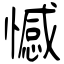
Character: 憾